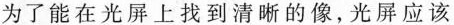
为了能在光屏上找到清晰的像，光屏应该